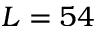
L = 5 4